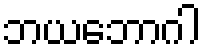
ဘယဘောဂါ